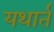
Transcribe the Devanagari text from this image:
यथार्त